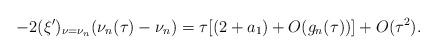
LaTeX: \begin{align*}-2(\xi')_{\nu=\nu_n}(\nu_n(\tau)-\nu_n)=\tau[(2+a_1)+O(g_n(\tau))]+O(\tau^2).\end{align*}